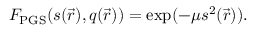
F _ { \mathrm { P G S } } ( s ( \vec { r } ) , q ( \vec { r } ) ) = \exp ( - \mu s ^ { 2 } ( \vec { r } ) ) .